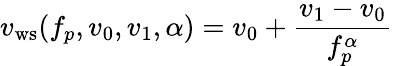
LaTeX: v_{\mathrm{ws}}(f_{p},v_{0},v_{1},\alpha)=v_{0}+\frac{v_{1}-v_{0}}{f_{p}^{\alpha}}